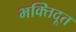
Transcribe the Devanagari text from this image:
भक्तिदूत